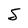
Character: S